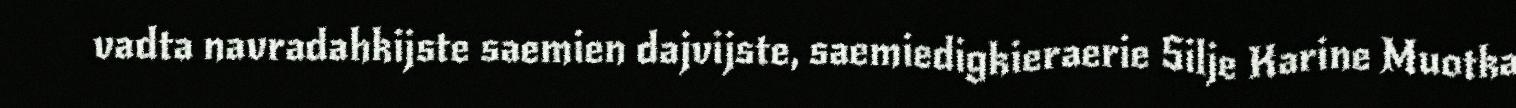
vadta navradahkijste saemien dajvijste, saemiedigkieraerie Silje Karine Muotka